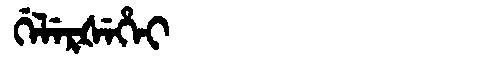
Manchu: ᡤᡝᠯᡝᡵᡧᡝᡥᡝᡳ
Romanization: GELERŠEHEI